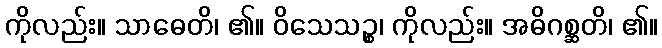
ကိုလည်း။ သာဓေတိ၊ ၏။ ဝိသေသဉ္စ၊ ကိုလည်း။ အဓိဂစ္ဆတိ၊ ၏။